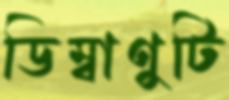
ডিম্বাণুটি